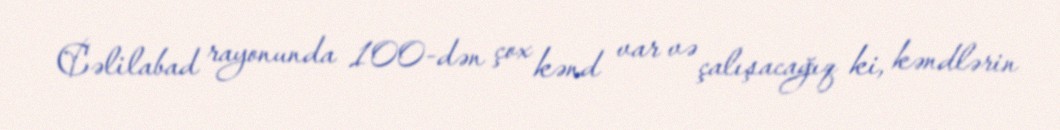
Cəlilabad rayonunda 100-dən çox kənd var və çalışacağıq ki, kəndlərin